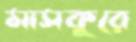
মাসকুরে